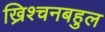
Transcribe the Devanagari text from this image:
ख्रिश्चनबहुल